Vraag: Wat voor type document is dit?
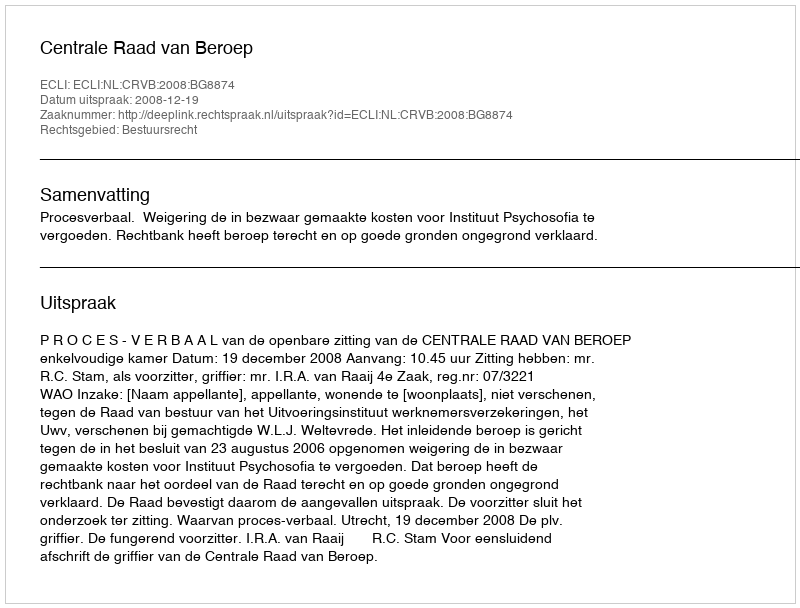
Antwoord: Uitspraak